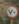
٧ .